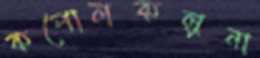
কপোলকল্পনা